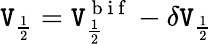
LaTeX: \mathtt{V}_{\frac{{1}}{{2}}}=\mathtt{V}_{\frac{{1}}{{2}}}^{\mathrm{{~b~i~f~}}}-\delta\mathtt{V}_{\frac{{1}}{{2}}}